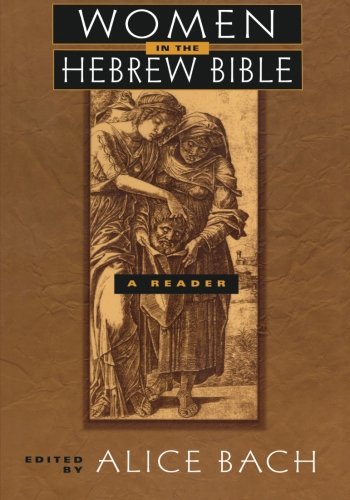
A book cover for Women in the Hebrew Bible: A Reader; Christian Books & Bibles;